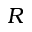
R